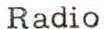
Radio